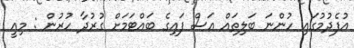
އުފެދުމުގައި ހުންނަ ބަލިތައް އަސް ފައިގެ ބައްޓަމަށް ގުރުދާ ހުރުން : މިއީ